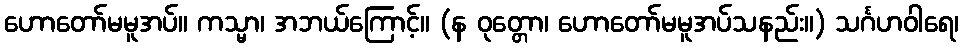
ဟောတော်မမူအပ်။ ကသ္မာ၊ အဘယ်ကြောင့်။ (န ဝုတ္တော၊ ဟောတော်မမူအပ်သနည်း။) သင်္ဂဟဝါရေ၊